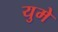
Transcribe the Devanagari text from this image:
युमे